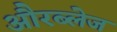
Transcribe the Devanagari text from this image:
औरब्लेज